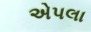
એપલા